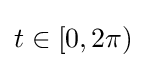
t\in [0,2\pi )